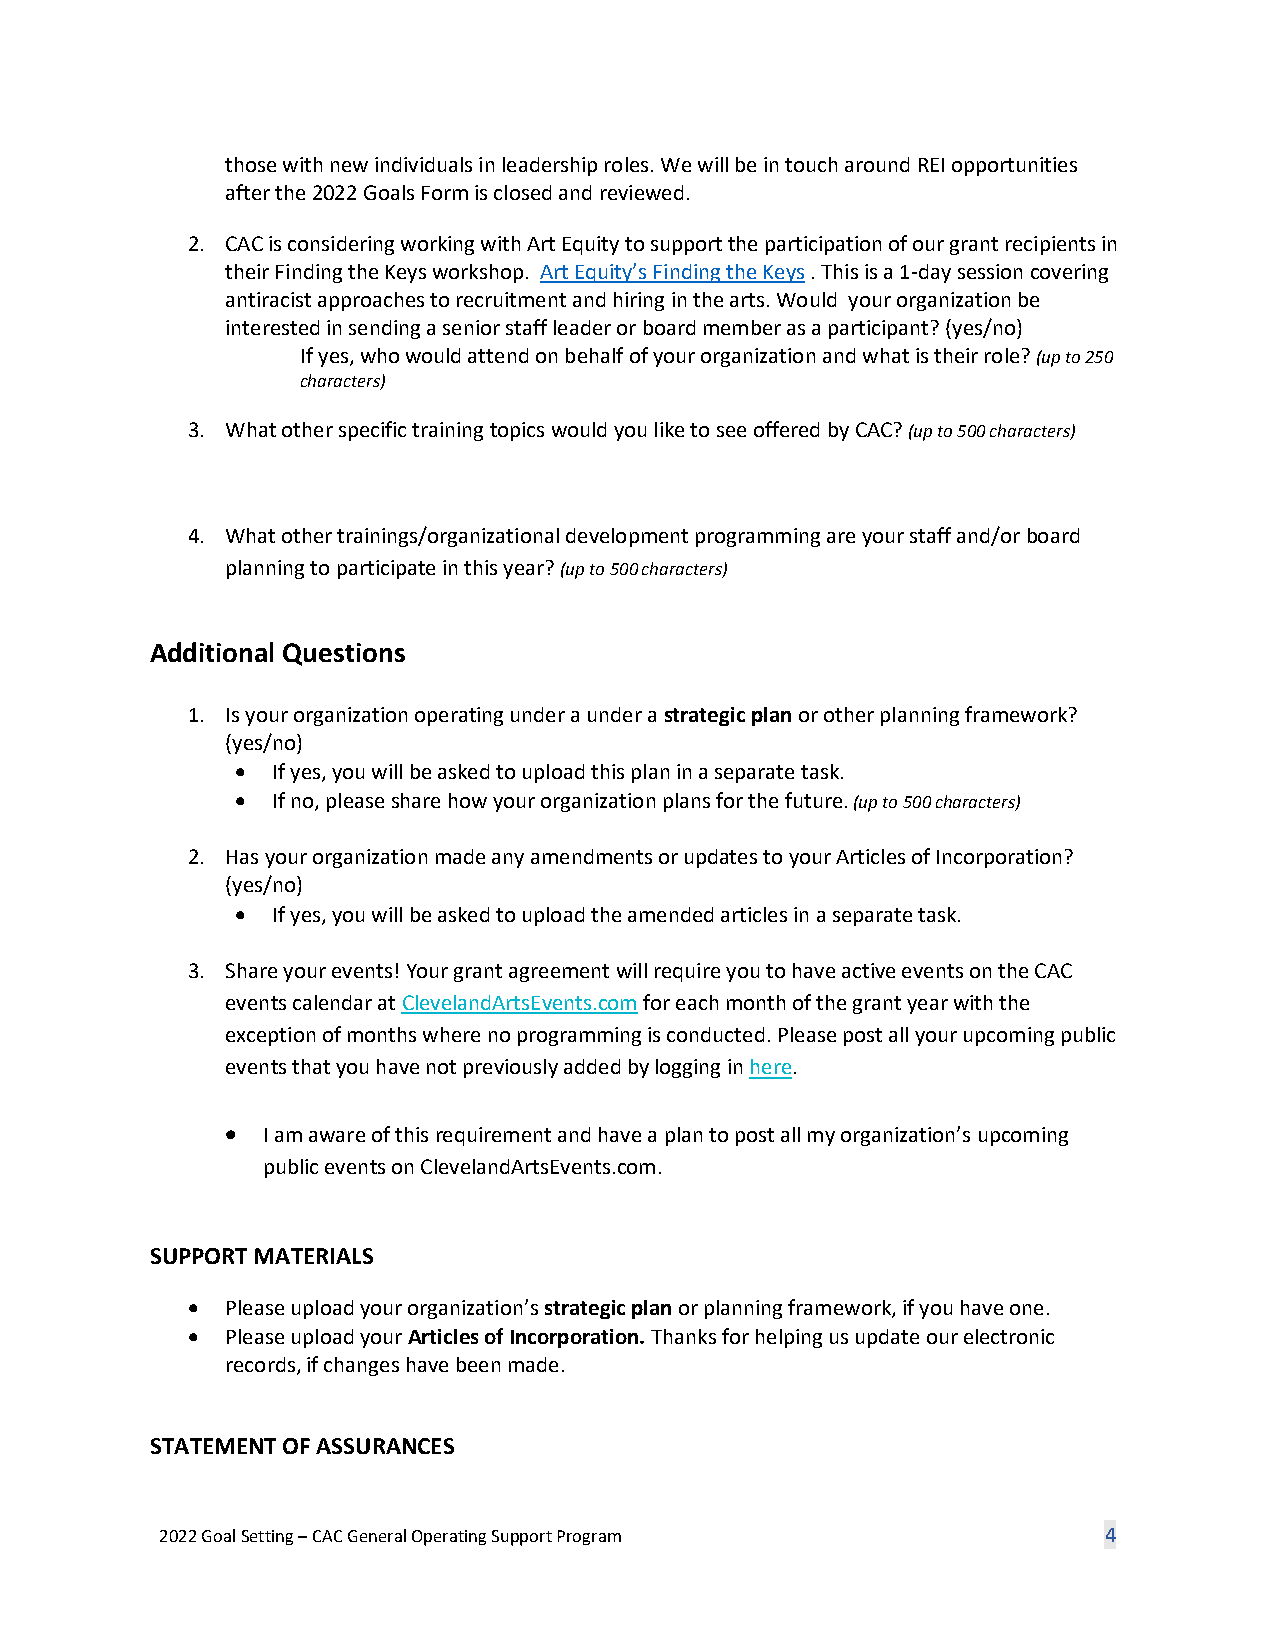
those with new individuals in leadership roles. We will be in touch around REI opportunities
 after the 2022 Goals Form is closed and reviewed.
 2. CAC is considering working with Art Equity to support the participation of our grant recipients in
 their Finding the Keys workshop. Art Equity’s Finding the Keys . This is a 1-day session covering
 antiracist approaches to recruitment and hiring in the arts. Would your organization be
 interested in sending a senior staff leader or board member as a participant? (yes/no)
 If yes, who would attend on behalf of your organization and what is their role? (up to 250
 characters)
 3. What other specific training topics would you like to see offered by CAC? (up to 500 characters)
 4. What other trainings/organizational development programming are your staff and/or board
 planning to participate in this year? (up to 500 characters)
 Additional Questions
 1. Is your organization operating under a under a strategic plan or other planning framework?
 (yes/no)
 • If yes, you will be asked to upload this plan in a separate task.
 • If no, please share how your organization plans for the future. (up to 500 characters)
 2. Has your organization made any amendments or updates to your Articles of Incorporation?
 (yes/no)
 • If yes, you will be asked to upload the amended articles in a separate task.
 3. Share your events! Your grant agreement will require you to have active events on the CAC
 events calendar at ClevelandArtsEvents.com for each month of the grant year with the
 exception of months where no programming is conducted. Please post all your upcoming public
 events that you have not previously added by logging in here.
 • I am aware of this requirement and have a plan to post all my organization’s upcoming
 public events on ClevelandArtsEvents.com.
 SUPPORT MATERIALS
 •  Please upload your organization’s strategic plan or planning framework, if you have one.
 •  Please upload your Articles of Incorporation. Thanks for helping us update our electronic
 records, if changes have been made.
 STATEMENT OF ASSURANCES
 2022 Goal Setting – CAC General Operating Support Program     4